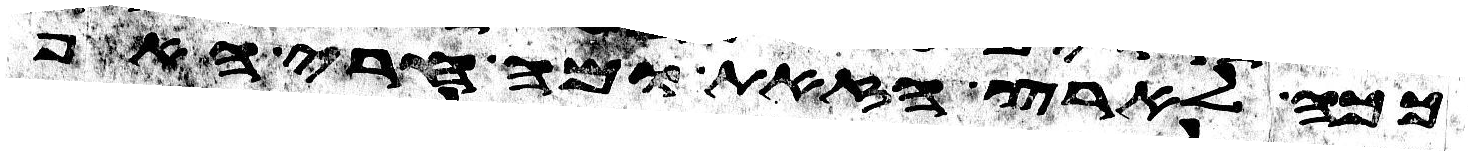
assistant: ככה לארץ הזאת ומה חרי האף